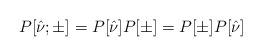
LaTeX: \begin{align*}P[\hat{\nu};\pm]=P[\hat{\nu}]P[\pm]=P[\pm]P[\hat{\nu}]\end{align*}